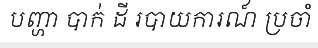
បញ្ហា បាក់ ដី របាយការណ៍ ប្រចាំ